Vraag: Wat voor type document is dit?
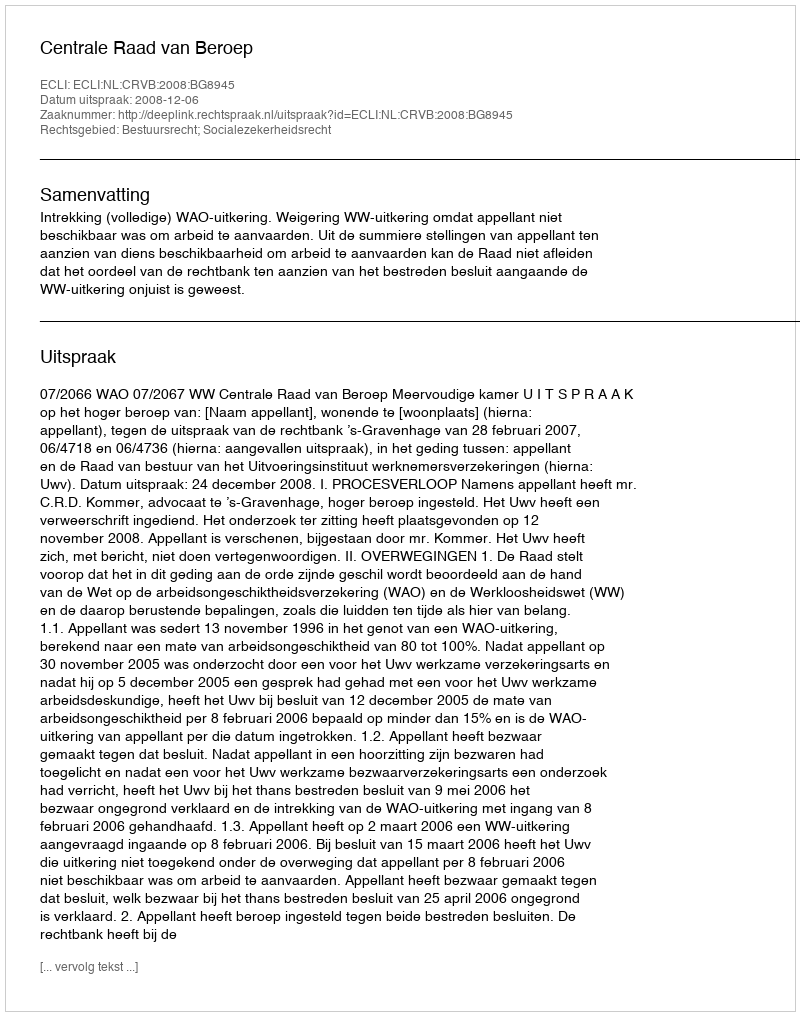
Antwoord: Uitspraak